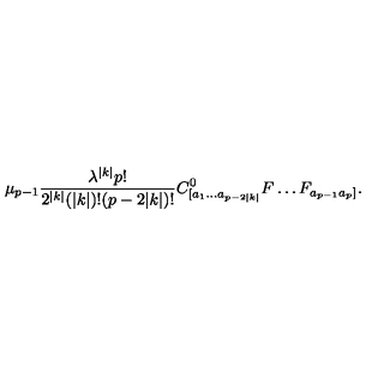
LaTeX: \mu _ { p - 1 } \frac { \lambda ^ { | k | } p ! } { 2 ^ { | k | } ( | k | ) ! ( p - 2 | k | ) ! } C _ { [ a _ { 1 } \ldots a _ { p - 2 | k | } } ^ { 0 } F \ldots F _ { a _ { p - 1 } a _ { p } ] } .